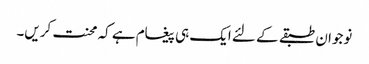
نوجوان طبقے کے لئے ایک ہی پیغام ہے کہ محنت کریں۔